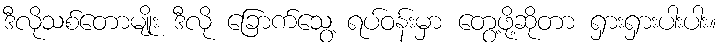
ဒီလိုသစ်တောမျိုး ဒီလို ခြောက်သွေ့ ရပ်ဝန်းမှာ တွေ့ဖို့ဆိုတာ ရှားရှားပါးပါး။